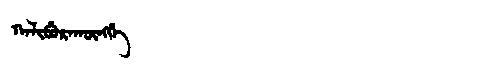
Manchu: ᡴᠠᠯᡳᠪᡠᡵᠠᡴᡡᠩᡤᡝ
Romanization: KALIBURAKŪNGGE